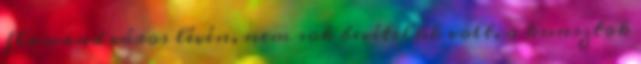
flamand város lévén, nem sok bevételük volt, a kunsztok